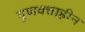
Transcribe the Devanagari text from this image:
गुणवत्ताहीन